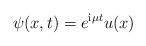
LaTeX: \begin{align*} \psi(x,t)=e^{\mathrm{i} \mu t}u(x)\end{align*}